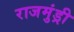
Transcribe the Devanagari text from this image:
राजमुंड्री